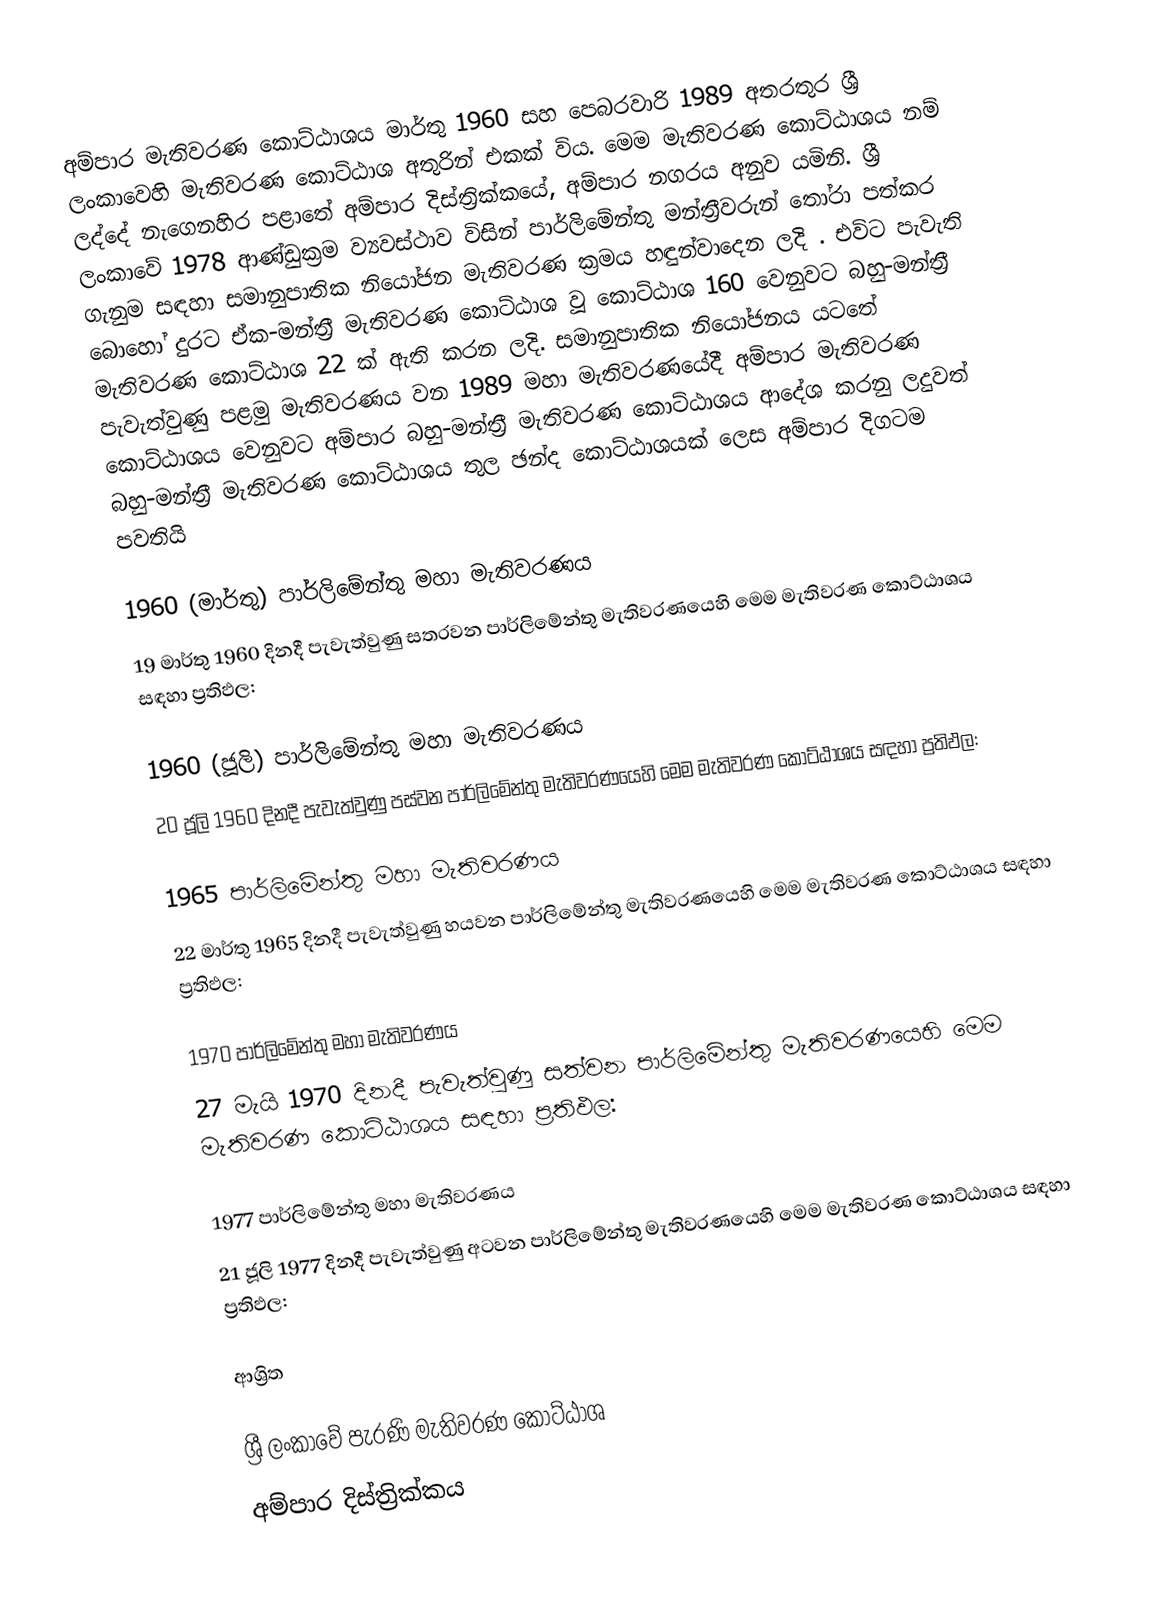
අම්පාර මැතිවරණ කොට්ඨාශය මාර්තු 1960 සහ පෙබරවාරි 1989 අතරතුර  ශ්‍රී ලංකාවෙහි  මැතිවරණ කොට්ඨාශ අතුරින් එකක් විය. මෙම මැතිවරණ කොට්ඨාශය නම් ලද්දේ  නැගෙනහිර පළාතේ  අම්පාර දිස්ත්‍රික්කයේ,  අම්පාර නගරය අනුව යමිනි. ශ්‍රී ලංකාවේ 1978 ආණ්ඩුක්‍රම ව්‍යවස්ථාව විසින්   පාර්ලිමේන්තු මන්ත්‍රීවරුන් තෝරා පත්කර ගැනුම සඳහා සමානුපාතික නියෝජන මැතිවරණ ක්‍රමය හඳුන්වාදෙන ලදි . එවිට පැවැති බොහෝ දුරට  ඒක-මන්ත්‍රී මැතිවරණ කොට්ඨාශ වූ කොට්ඨාශ 160 වෙනුවට බහු-මන්ත්‍රී මැතිවරණ කොට්ඨාශ 22 ක් ඇති කරන ලදි. සමානුපාතික නියෝජනය යටතේ  පැවැත්වුණු පළමු මැතිවරණය වන 1989 මහා මැතිවරණයේදී  අම්පාර මැතිවරණ කොට්ඨාශය වෙනුවට  අම්පාර බහු-මන්ත්‍රී මැතිවරණ කොට්ඨාශය  ආදේශ කරනු ලදුවත් බහු-මන්ත්‍රී මැතිවරණ කොට්ඨාශය තුල ඡන්ද කොට්ඨාශයක් ලෙස අම්පාර දිගටම පවතියි

1960 (මාර්තු) පාර්ලිමේන්තු මහා මැතිවරණය
19 මාර්තු 1960 දිනදී  පැවැත්වුණු  සතරවන පාර්ලිමේන්තු මැතිවරණයෙහි මෙම මැතිවරණ කොට්ඨාශය සඳහා ප්‍රතිඵල:

1960 (ජූලි) පාර්ලිමේන්තු මහා මැතිවරණය
20 ජූලි 1960 දිනදී  පැවැත්වුණු  පස්වන පාර්ලිමේන්තු මැතිවරණයෙහි මෙම මැතිවරණ කොට්ඨාශය සඳහා ප්‍රතිඵල:

1965 පාර්ලිමේන්තු මහා මැතිවරණය
22 මාර්තු 1965  දිනදී  පැවැත්වුණු  හයවන පාර්ලිමේන්තු මැතිවරණයෙහි මෙම මැතිවරණ කොට්ඨාශය සඳහා ප්‍රතිඵල:

1970 පාර්ලිමේන්තු මහා මැතිවරණය
27 මැයි 1970 දිනදී  පැවැත්වුණු  සත්වන පාර්ලිමේන්තු මැතිවරණයෙහි මෙම මැතිවරණ කොට්ඨාශය සඳහා ප්‍රතිඵල:

1977 පාර්ලිමේන්තු මහා මැතිවරණය
21 ජූලි 1977 දිනදී  පැවැත්වුණු  අටවන පාර්ලිමේන්තු මැතිවරණයෙහි මෙම මැතිවරණ කොට්ඨාශය සඳහා ප්‍රතිඵල:

ආශ්‍රිත

ශ්‍රී ලංකාවේ පැරණි මැතිවරණ කොට්ඨාශ
 අම්පාර දිස්ත්‍රික්කය